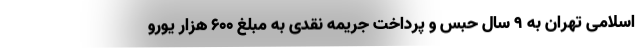
اسلامی تهران به 9 سال حبس و پرداخت جریمه نقدی به مبلغ 600 هزار یورو